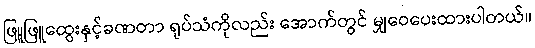
ဖြူဖြူထွေးနှင့်ခဏတာ ရုပ်သံကိုလည်း အောက်တွင် မျှဝေပေးထားပါတယ်။